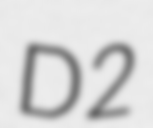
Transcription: D2